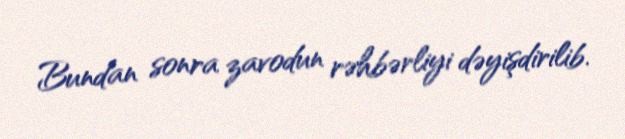
Bundan sonra zavodun rəhbərliyi dəyişdirilib.